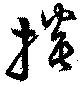
掞